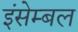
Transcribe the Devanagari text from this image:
इंसेम्बल